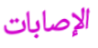
الإصابات